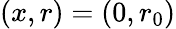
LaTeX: (x,r)=(0,r_{0})